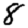
Digit: 8